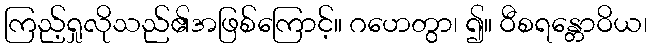
ကြည့်ရှုလိုသည်၏အဖြစ်ကြောင့်။ ဂဟေတွာ၊ ၍။ ဝီစရန္တောဝိယ၊